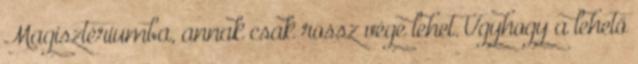
Magisztériumba, annak csak rossz vége lehet. Úgyhogy a lehető